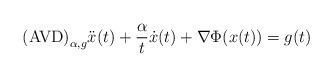
LaTeX: \begin{align*} \mbox{(AVD)}_{\alpha,g} \ddot{x}(t) + \frac{\alpha}{t} \dot{x}(t) + \nabla \Phi (x(t)) = g(t)\end{align*}